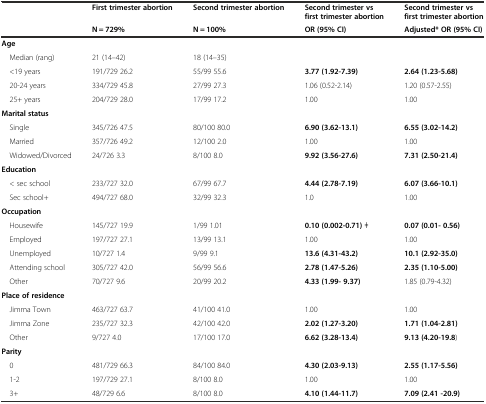
<table><thead><tr><td></td><td><b>First trimester abortion</b></td><td><b>Second trimester abortion</b></td><td><b>Second trimester vs first trimester abortion</b></td><td><b>Second trimester vs first trimester abortion</b></td></tr><tr><td></td><td><b>N = 729%</b></td><td><b>N = 100%</b></td><td><b>OR (95% CI)</b></td><td><b>Adjusted* OR (95% CI)</b></td></tr></thead><tbody><tr><td><b>Age</b></td><td></td><td></td><td></td><td></td></tr><tr><td> Median (rang)</td><td>21 (14–42)</td><td>18 (14–35)</td><td></td><td></td></tr><tr><td> &lt;19 years</td><td>191/729 26.2</td><td>55/99 55.6</td><td><b>3.77 (1.92-7.39)</b></td><td><b>2.64 (1.23-5.68)</b></td></tr><tr><td> 20-24 years</td><td>334/729 45.8</td><td>27/99 27.3</td><td>1.06 (0.52-2.14)</td><td>1.20 (0.57-2.55)</td></tr><tr><td> 25+ years</td><td>204/729 28.0</td><td>17/99 17.2</td><td>1.00</td><td>1.00</td></tr><tr><td><b>Marital status</b></td><td></td><td></td><td></td><td></td></tr><tr><td> Single</td><td>345/726 47.5</td><td>80/100 80.0</td><td><b>6.90 (3.62-13.1)</b></td><td><b>6.55 (3.02-14.2)</b></td></tr><tr><td> Married</td><td>357/726 49.2</td><td>12/100 2.0</td><td>1.00</td><td>1.00</td></tr><tr><td> Widowed/Divorced</td><td>24/726 3.3</td><td>8/100 8.0</td><td><b>9.92 (3.56-27.6)</b></td><td><b>7.31 (2.50-21.4)</b></td></tr><tr><td><b>Education</b></td><td></td><td></td><td></td><td></td></tr><tr><td> &lt; sec school</td><td>233/727 32.0</td><td>67/99 67.7</td><td><b>4.44 (2.78-7.19)</b></td><td><b>6.07 (3.66-10.1)</b></td></tr><tr><td> Sec school+</td><td>494/727 68.0</td><td>32/99 32.3</td><td>1.0</td><td>1.00</td></tr><tr><td><b>Occupation</b></td><td></td><td></td><td></td><td></td></tr><tr><td> Housewife</td><td>145/727 19.9</td><td>1/99 1.01</td><td><b>0.10 (0.002-0.71)</b> ǂ</td><td><b>0.07 (0.01- 0.56)</b></td></tr><tr><td> Employed</td><td>197/727 27.1</td><td>13/99 13.1</td><td>1.00</td><td>1.00</td></tr><tr><td> Unemployed</td><td>10/727 1.4</td><td>9/99 9.1</td><td><b>13.6 (4.31-43.2)</b></td><td><b>10.1 (2.92-35.0)</b></td></tr><tr><td> Attending school</td><td>305/727 42.0</td><td>56/99 56.6</td><td><b>2.78 (1.47-5.26)</b></td><td><b>2.35 (1.10-5.00)</b></td></tr><tr><td> Other</td><td>70/727 9.6</td><td>20/99 20.2</td><td><b>4.33 (1.99- 9.37)</b></td><td>1.85 (0.79-4.32)</td></tr><tr><td><b>Place of residence</b></td><td></td><td></td><td></td><td></td></tr><tr><td> Jimma Town</td><td>463/727 63.7</td><td>41/100 41.0</td><td>1.00</td><td>1.00</td></tr><tr><td> Jimma Zone</td><td>235/727 32.3</td><td>42/100 42.0</td><td><b>2.02 (1.27-3.20)</b></td><td><b>1.71 (1.04-2.81)</b></td></tr><tr><td> Other</td><td>9/727 4.0</td><td>17/100 17.0</td><td><b>6.62 (3.28-13.4)</b></td><td><b>9.13 (4.20-19.8</b>)</td></tr><tr><td><b>Parity</b></td><td></td><td></td><td></td><td></td></tr><tr><td> 0</td><td>481/729 66.3</td><td>84/100 84.0</td><td><b>4.30 (2.03-9.13)</b></td><td><b>2.55 (1.17-5.56)</b></td></tr><tr><td> 1-2</td><td>197/729 27.1</td><td>8/100 8.0</td><td>1.00</td><td>1.00</td></tr><tr><td> 3+</td><td>48/729 6.6</td><td>8/100 8.0</td><td><b>4.10 (1.44-11.7)</b></td><td><b>7.09 (2.41 -20.9)</b></td></tr></tbody></table>